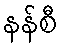
နန်စီ